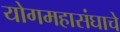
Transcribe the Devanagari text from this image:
योगमहासंघाचे